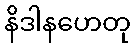
နိဒါနဟေတု